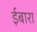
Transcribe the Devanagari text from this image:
ईबारा